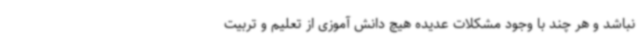
نباشد و هر چند با وجود مشکلات عدیده هیچ دانش آموزی از تعلیم و تربیت